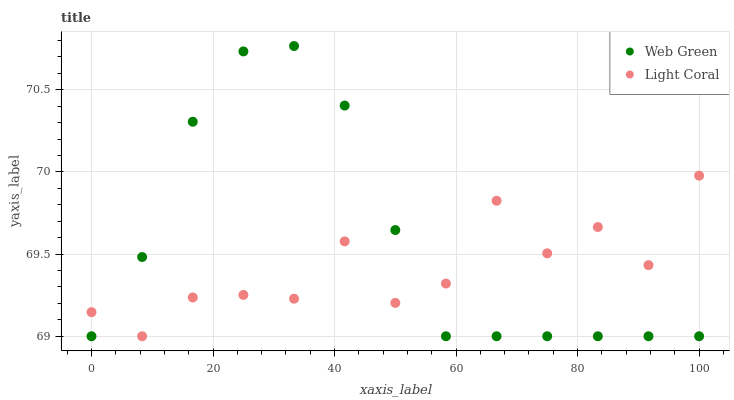
| xaxis_label | Web Green | Light Coral |
 | --- | --- | --- |
 | 0 | 69 | 69.1 |
 | 8.33 | 69.5 | 69 |
 | 16.7 | 70.3 | 69.2 |
 | 25 | 70.7 | 69.3 |
 | 33.3 | 70.8 | 69.2 |
 | 41.7 | 70.4 | 69.6 |
 | 50 | 69.6 | 69.2 |
 | 58.3 | 69 | 69.3 |
 | 66.7 | 69 | 69.8 |
 | 75 | 69 | 69.5 |
 | 83.3 | 69 | 69.7 |
 | 91.7 | 69 | 69.4 |
 | 100 | 69 | 70 |